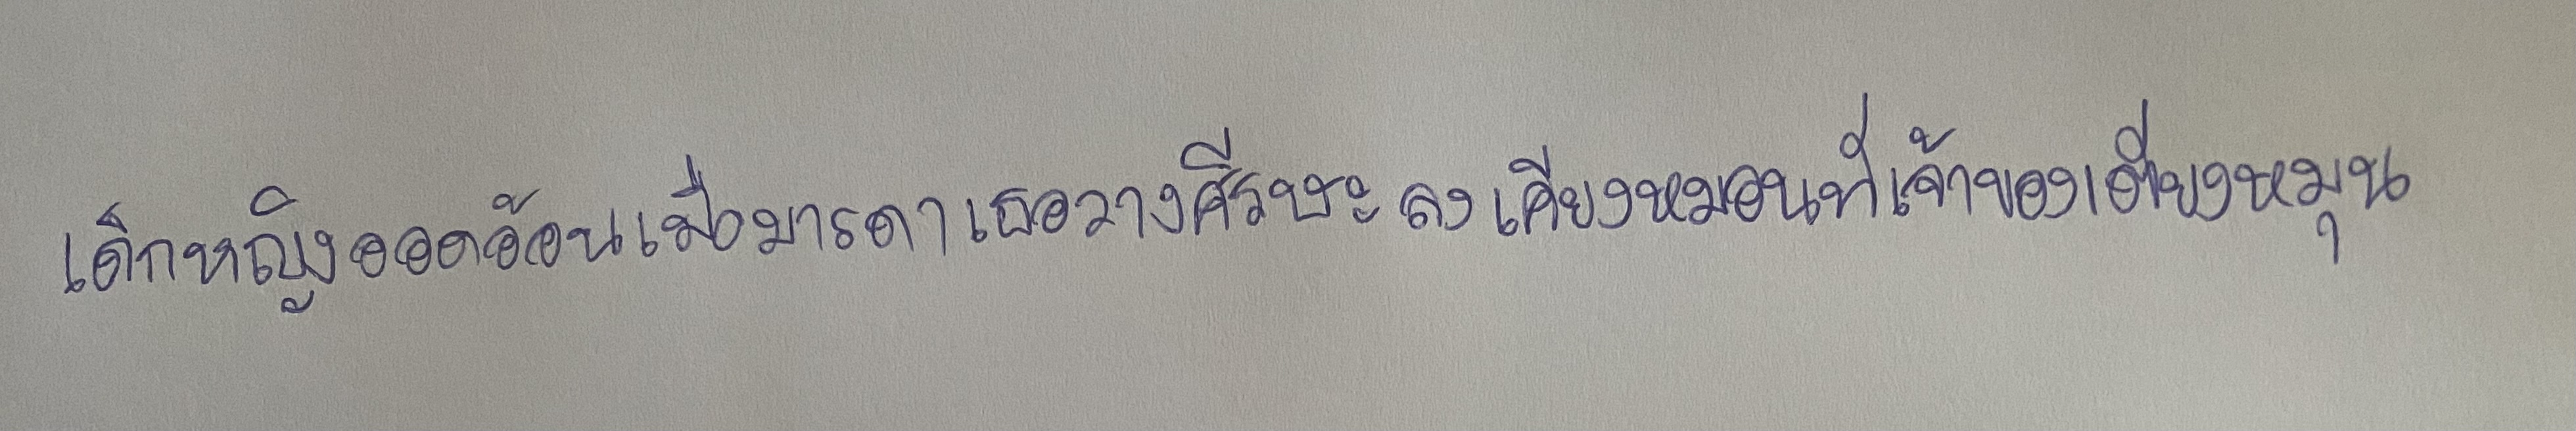
เด็กหญิงออดอ้อนเมื่อมารดาเธอวางศีรษะลงเคียงหมอนที่เจ้าของเตียงหนุน